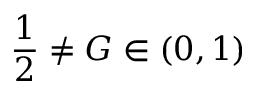
\frac { 1 } { 2 } \neq G \in ( 0 , 1 )